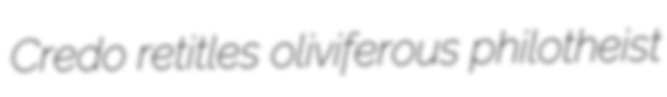
Credo retitles oliviferous philotheist